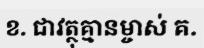
ខ. ជាវត្ថុគ្មានម្ចាស់ គ.